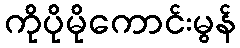
ကိုပိုမိုကောင်းမွန်